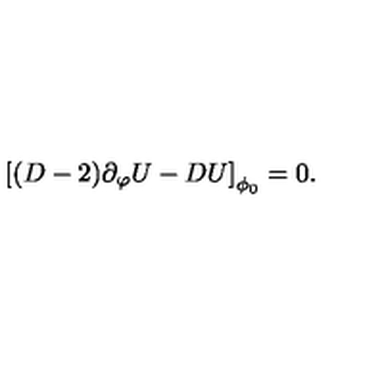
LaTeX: \left[ ( D - 2 ) \partial _ { \varphi } U - D U \right] _ { \phi _ { 0 } } = 0 .